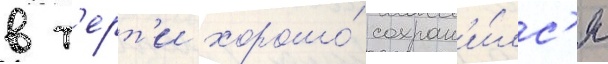
в т'ерт'и хорошо́ сохран'и́лс'я